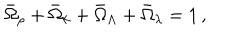
\bar { \Omega } _ { \rho } + \bar { \Omega } _ { k } + \bar { \Omega } _ { \Lambda } + \bar { \Omega } _ { \lambda } = 1 \, ,